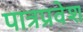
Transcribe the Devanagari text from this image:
पात्रप्रवेश